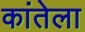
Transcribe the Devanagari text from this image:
कांतेला